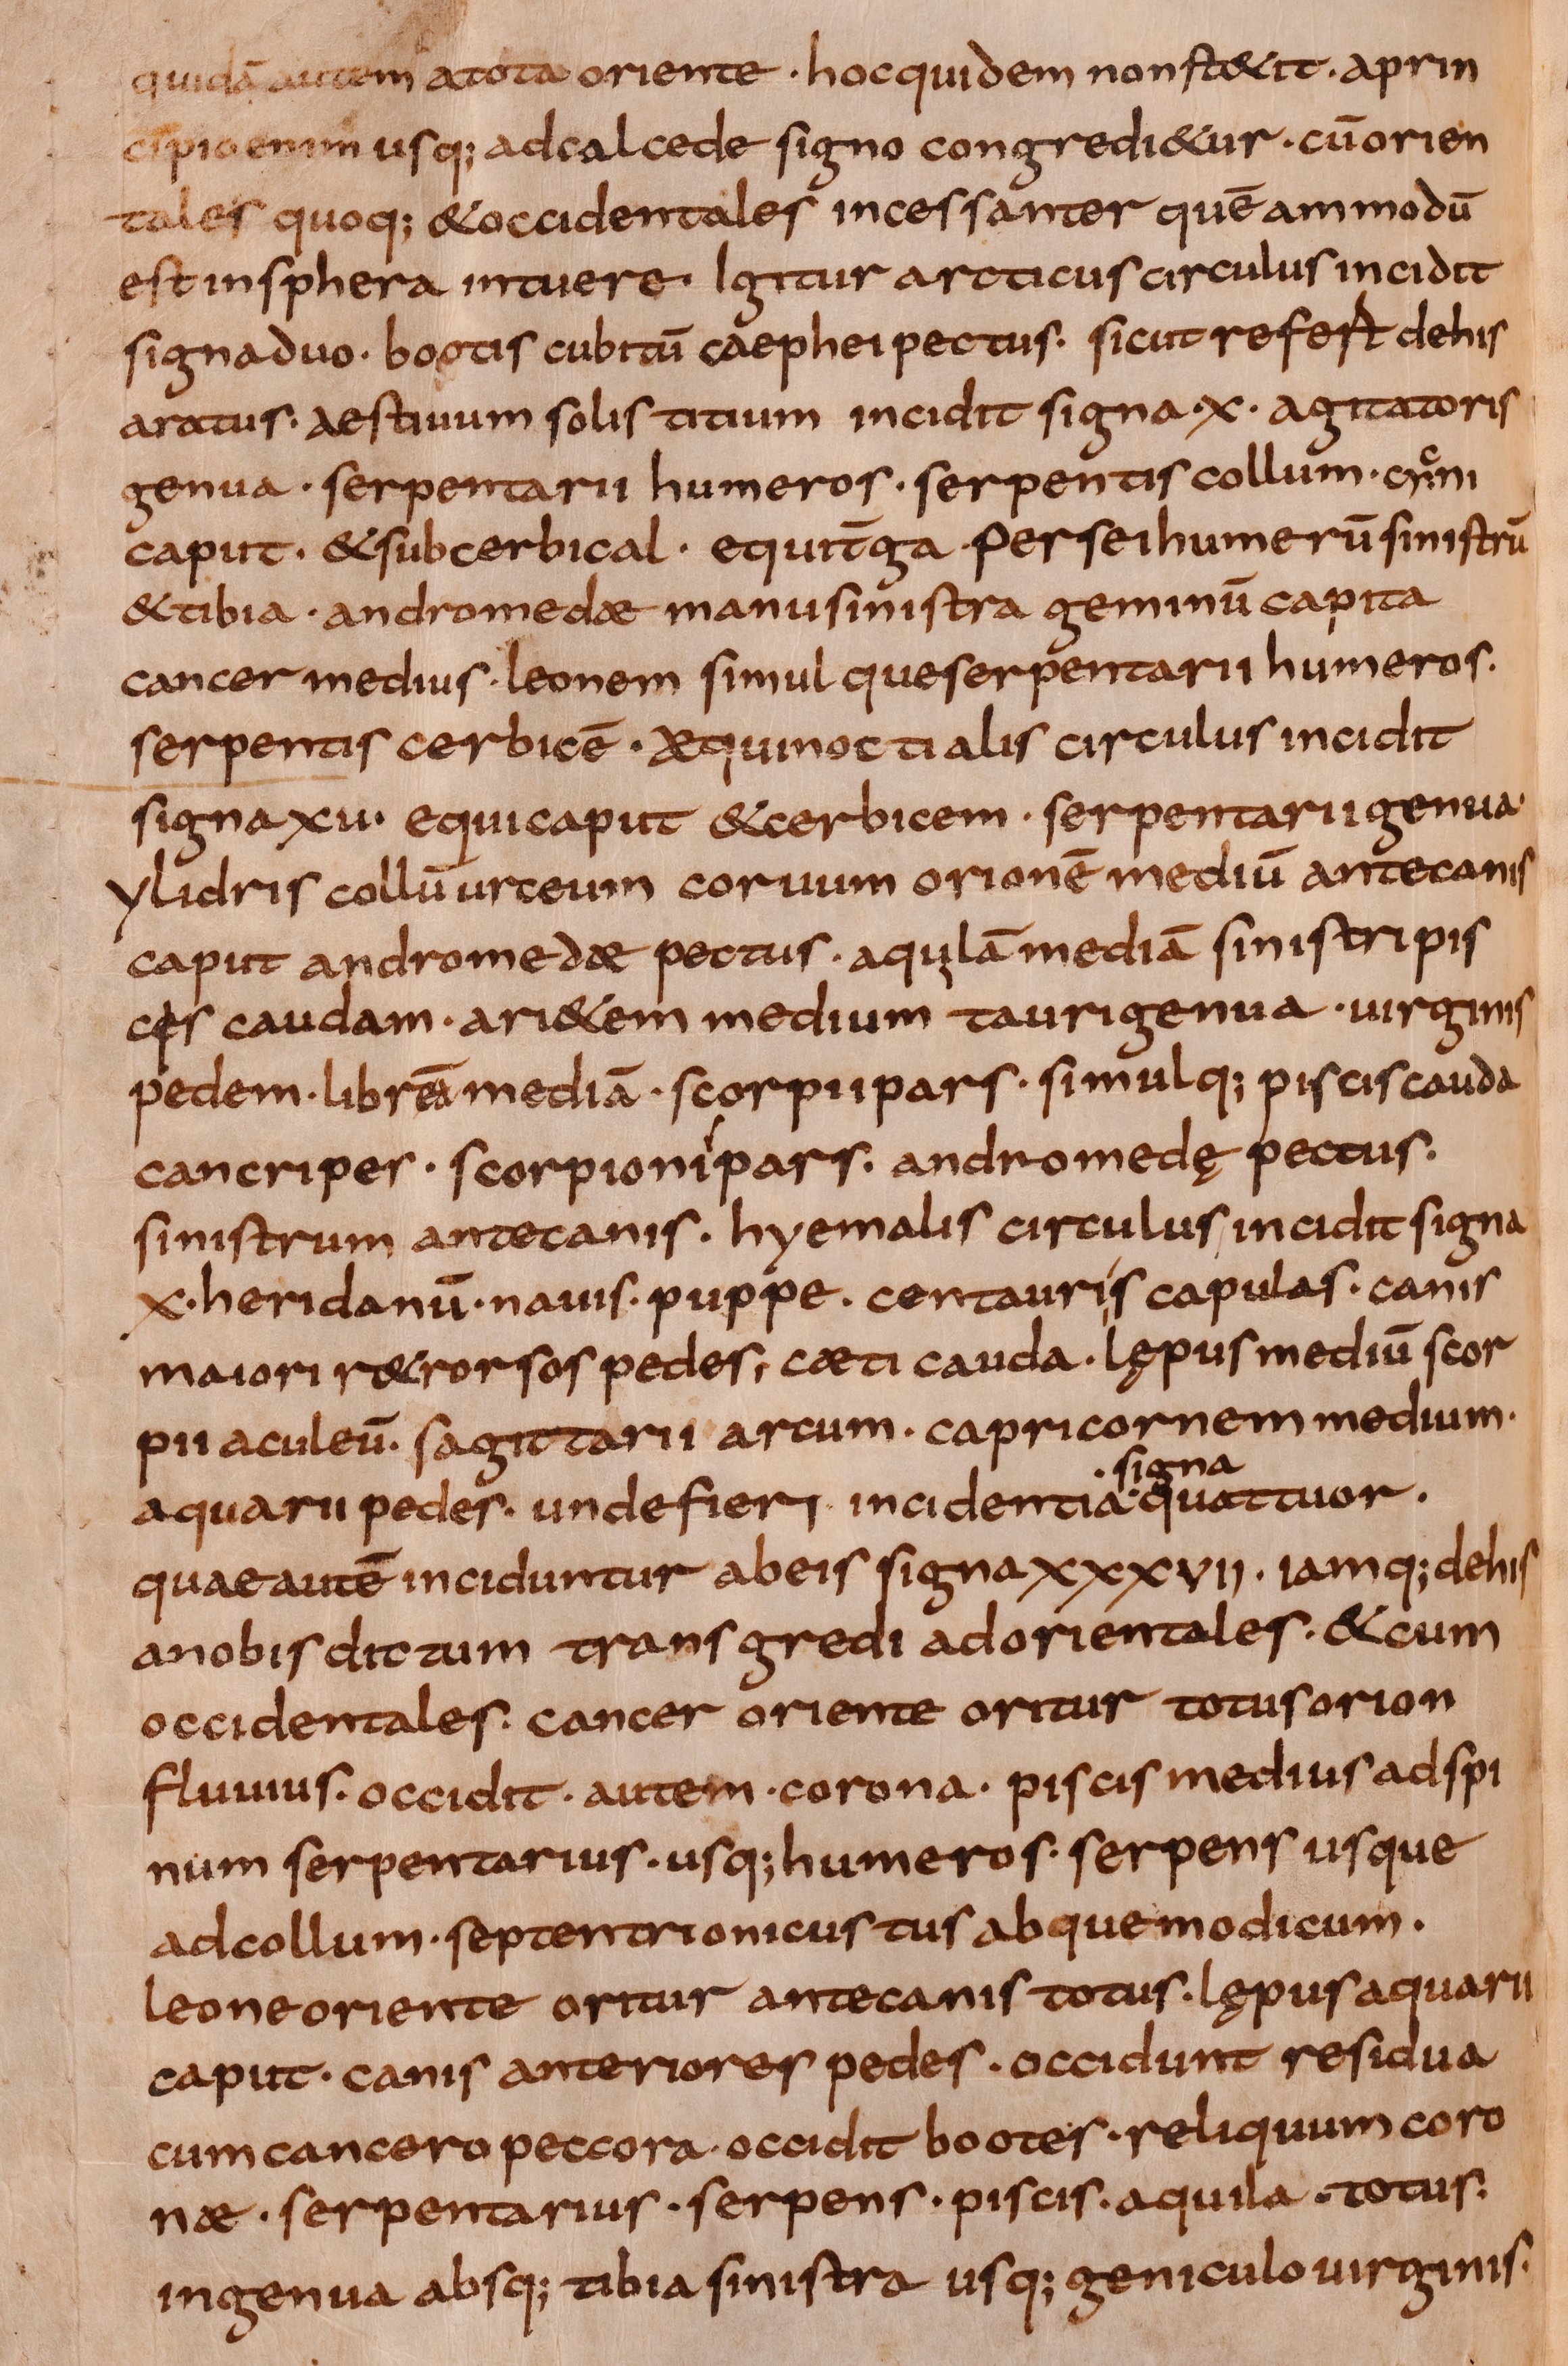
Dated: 800–849